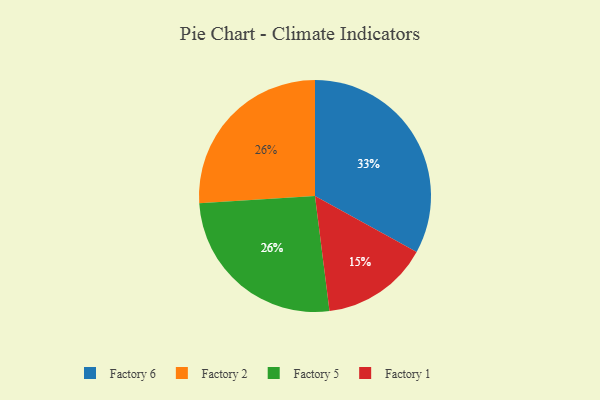
{"axis": {"x": "Category", "y": "Percentage"}, "legend": ["Factory 1", "Factory 2", "Factory 5", "Factory 6"], "data": [{"x": "Factory 2", "y": 26, "type": "Factory 2"}, {"x": "Factory 5", "y": 26, "type": "Factory 5"}, {"x": "Factory 1", "y": 15, "type": "Factory 1"}, {"x": "Factory 6", "y": 33, "type": "Factory 6"}]}